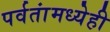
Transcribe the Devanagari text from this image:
पर्वतांमध्येही